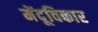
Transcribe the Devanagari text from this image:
मेंदूविकार